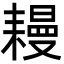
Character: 𦔔